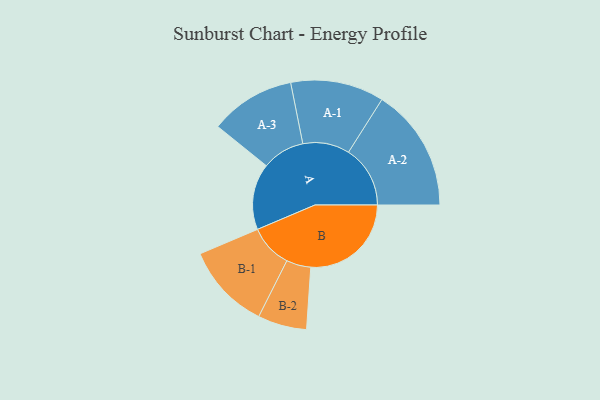
{"axis": {"x": "Segment", "y": "Value"}, "legend": ["", "A", "B"], "data": [{"x": "A", "y": 292, "type": ""}, {"x": "B", "y": 443, "type": ""}, {"x": "A-1", "y": 206, "type": "A"}, {"x": "A-2", "y": 272, "type": "A"}, {"x": "A-3", "y": 188, "type": "A"}, {"x": "B-1", "y": 190, "type": "B"}, {"x": "B-2", "y": 108, "type": "B"}]}